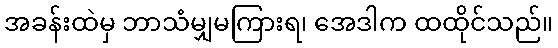
အခန်းထဲမှ ဘာသံမျှမကြားရ၊ အေဒါက ထထိုင်သည်။